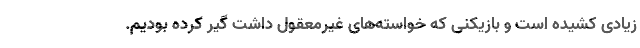
زیادی کشیده است و بازیکنی که خواسته‌های غیرمعقول داشت گیر کرده بودیم.